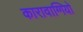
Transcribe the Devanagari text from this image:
कारावाग्गियो